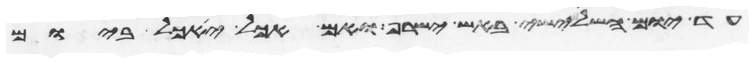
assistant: עד יום השלישי באש ישרף ואם אכל יאכל ביום